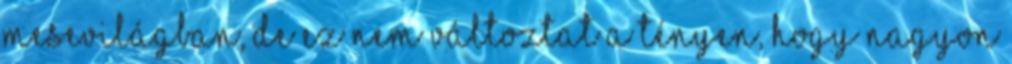
mesevilágban, de ez nem változtat a tényen, hogy nagyon